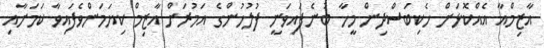
އާޒިމްއާ އެއްކޮޅަށް ހެކިބަސްދިން މީހާ ބުނެފައިވަނީ ފުލުހުންގެ އަމުރަށް އާޒިމް ކިޔަމަންވެފައިވާ ކަމަށާއި